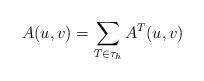
LaTeX: \begin{align*}A(u,v)=\sum_{T\in \tau_{h}}A^{T}(u,v) \\\end{align*}